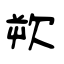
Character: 欮